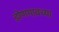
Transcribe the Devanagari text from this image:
डोणगावच्या